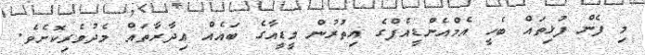
މި ފެން ފުޅިތައް ބެހީ އެމްއެންޑީއެފްގެ އިތުރުން މީޑީއާގެ ބައެއް އިދާރާތައް މެދުވެރިކޮށެވެ.